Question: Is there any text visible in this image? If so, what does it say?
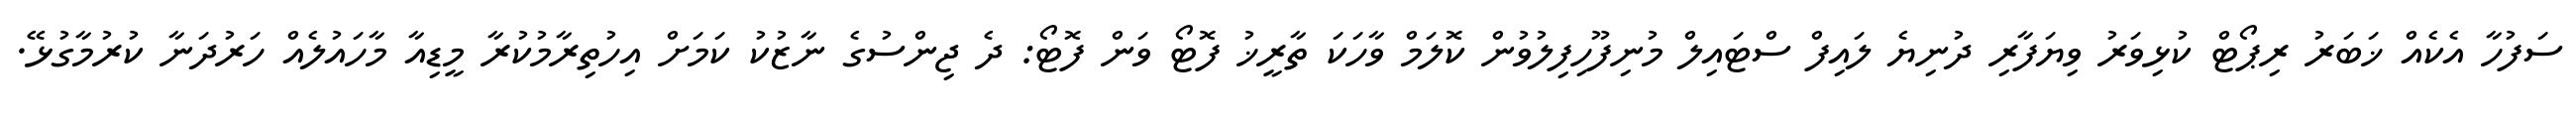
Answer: ސަފުހާ އެކެއް ޚަބަރު ރިޕޯޓް ކުޅިވަރު ވިޔަފާރި ދުނިޔެ ލައިފް ސްޓައިލް މުނިފޫހިފިލުވުން ކޮލަމް ވާހަކަ ތާރީޚު ފޮޓޯ ވަން ފޮޓޯ: ދެ ޖިންސުގެ ނާޒުކު ކަމަށް އިހުތިރާމުކުރާ މީޑިއާ މާހައުލެއް ހަރުދަނާ ކުރުމާގުޅޭ.